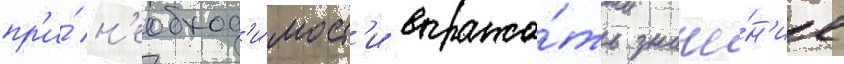
пр'и́ н'еобход'и́мост'и выража́ть значе́н'ие